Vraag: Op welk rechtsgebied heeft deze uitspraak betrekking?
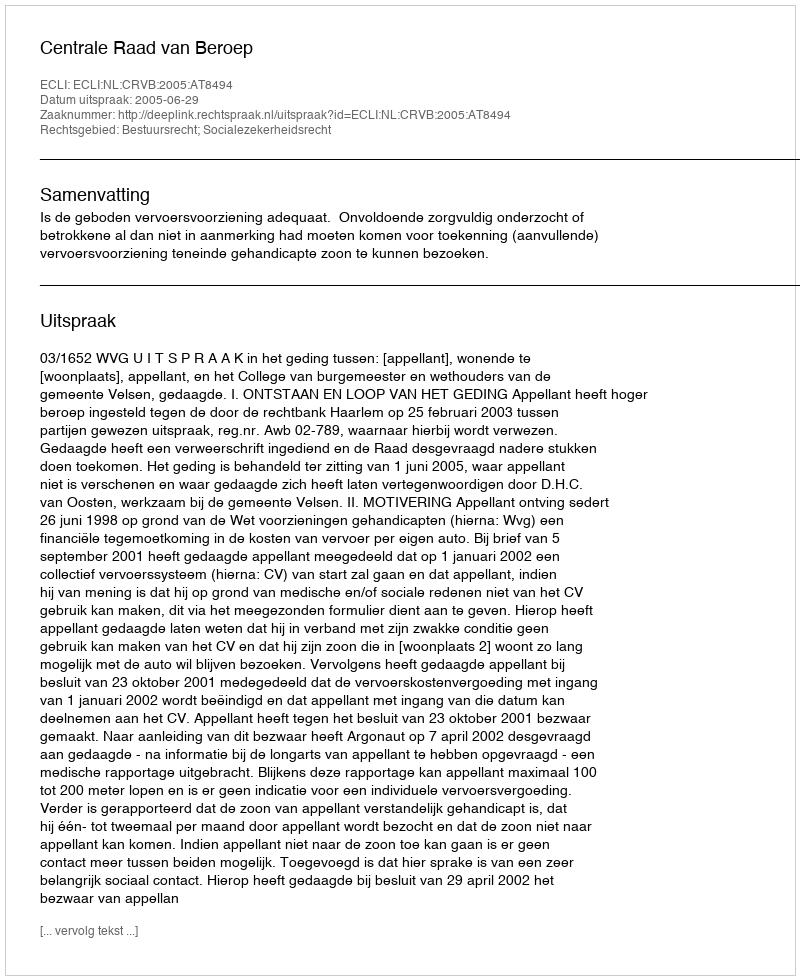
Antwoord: Bestuursrecht; Socialezekerheidsrecht